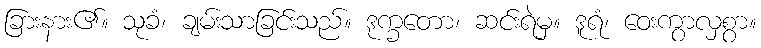
ခြားနား၏။ သုခံ၊ ချမ်းသာခြင်းသည်။ ဒုက္ခတော၊ ဆင်းရဲမှ။ ဒူရံ၊ ဝေးကွာလှစွာ။